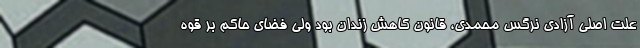
علت اصلی آزادی نرگس محمدی، قانون کاهش زندان بود ولی فضای حاکم بر قوه